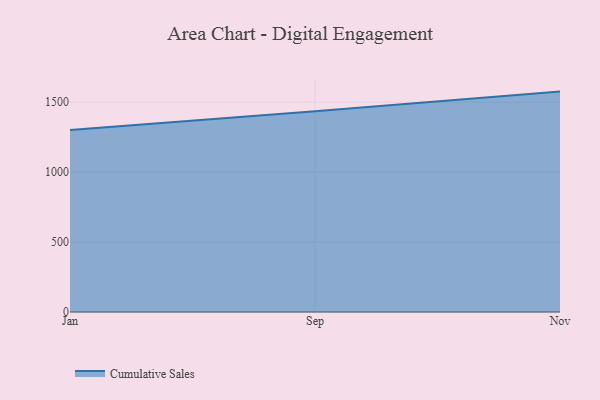
{"axis": {"x": "Month", "y": "Bounce Rate (%)"}, "legend": ["Cumulative Sales"], "data": [{"x": "Jan", "y": 1302.3, "type": "Cumulative Sales"}, {"x": "Sep", "y": 1434.7, "type": "Cumulative Sales"}, {"x": "Nov", "y": 1576.0, "type": "Cumulative Sales"}]}